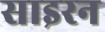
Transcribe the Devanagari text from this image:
साइरन